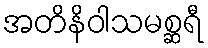
အတိနိဝါသမစ္ဆရီ